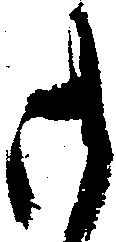
御